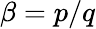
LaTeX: \beta=p/q